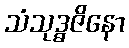
သံသုဒ္ဓဇိနော